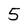
Character: 5